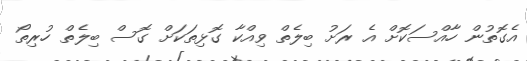
އެގޮތުން ހާއްސަކޮށް އެ ރަށު ބިލެތް ވިއްކާ ގޮޅިތަކަށް ގޮސް ބިލެތް ހުރިތޯ